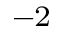
^ { - 2 }